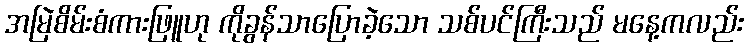
အမြဲစိမ်းစံကားဖြူဟု ကိုခွန်သာပြောခဲ့သော သစ်ပင်ကြီးသည် မနေ့ကလည်း